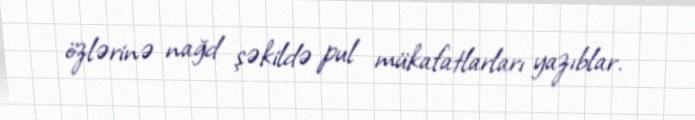
özlərinə nağd şəkildə pul mükafatlarları yazıblar.